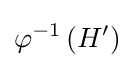
\varphi ^{-1}\left(H'\right)